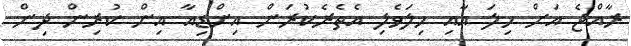
ރާއްޖެ އަށް ހިލަ އާއި ހިލަވެލި އެތެރެކުރަން އިންޑިއާ އިން ކުރިން ދިން